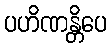
ပဟိဏန္တိပေ